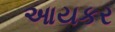
આયકર